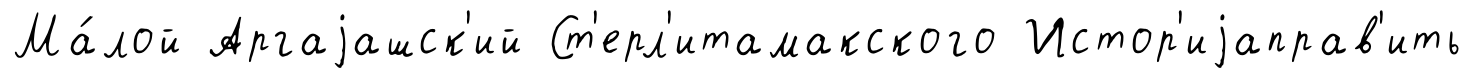
Ма́лой Аргаjашск'ий Ст'ерл'итамакского Истор'иjаправ'ить